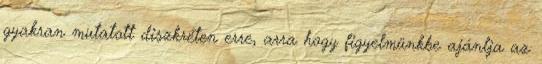
gyakran mutatott diszkréten erre, ar­ra hogy figyelmünkbe ajánlja az